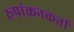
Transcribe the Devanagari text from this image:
रूपांकनकर्ता